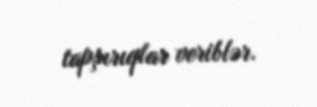
tapşırıqlar veriblər.